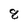
Character: 8